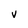
Character: v